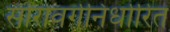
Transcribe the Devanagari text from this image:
सीरोवर्गनिर्धारित